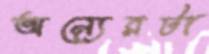
অন্যেরটা